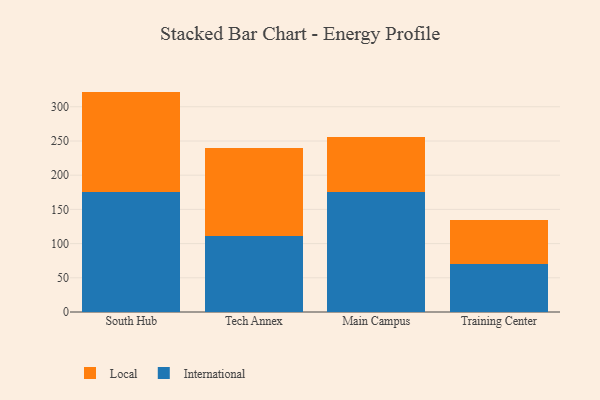
{"axis": {"x": "Campus", "y": "Bounce Rate (%)"}, "legend": ["International", "Local"], "data": [{"x": "South Hub", "y": 175.5, "type": "International"}, {"x": "South Hub", "y": 146.7, "type": "Local"}, {"x": "Tech Annex", "y": 111.2, "type": "International"}, {"x": "Tech Annex", "y": 128.3, "type": "Local"}, {"x": "Main Campus", "y": 175.7, "type": "International"}, {"x": "Main Campus", "y": 80.6, "type": "Local"}, {"x": "Training Center", "y": 70.3, "type": "International"}, {"x": "Training Center", "y": 64.8, "type": "Local"}]}